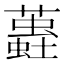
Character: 𧒨